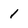
Character: 1